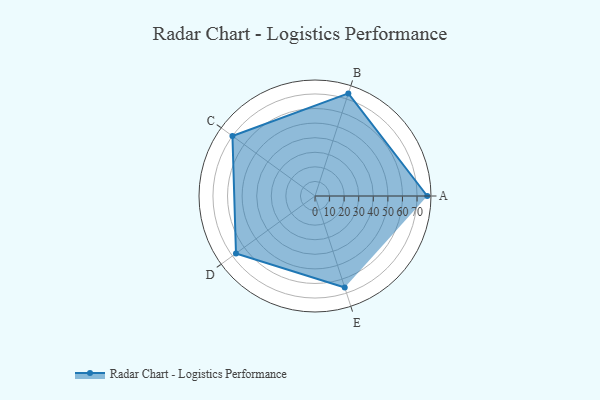
{"axis": {"x": "Skill", "y": "Score"}, "legend": ["Profile"], "data": [{"x": "A", "y": 77.0, "type": "Profile"}, {"x": "B", "y": 74.0, "type": "Profile"}, {"x": "C", "y": 70.0, "type": "Profile"}, {"x": "D", "y": 67.0, "type": "Profile"}, {"x": "E", "y": 66.0, "type": "Profile"}]}